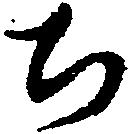
ち